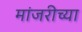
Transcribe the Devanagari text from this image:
मांजरीच्या